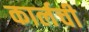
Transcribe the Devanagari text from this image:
कार्लची